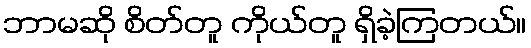
ဘာမဆို စိတ်တူ ကိုယ်တူ ရှိခဲ့ကြတယ်။